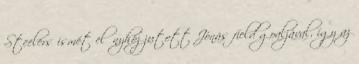
Steelers ismét előnyhöz jutott Jónás field goaljával, így az